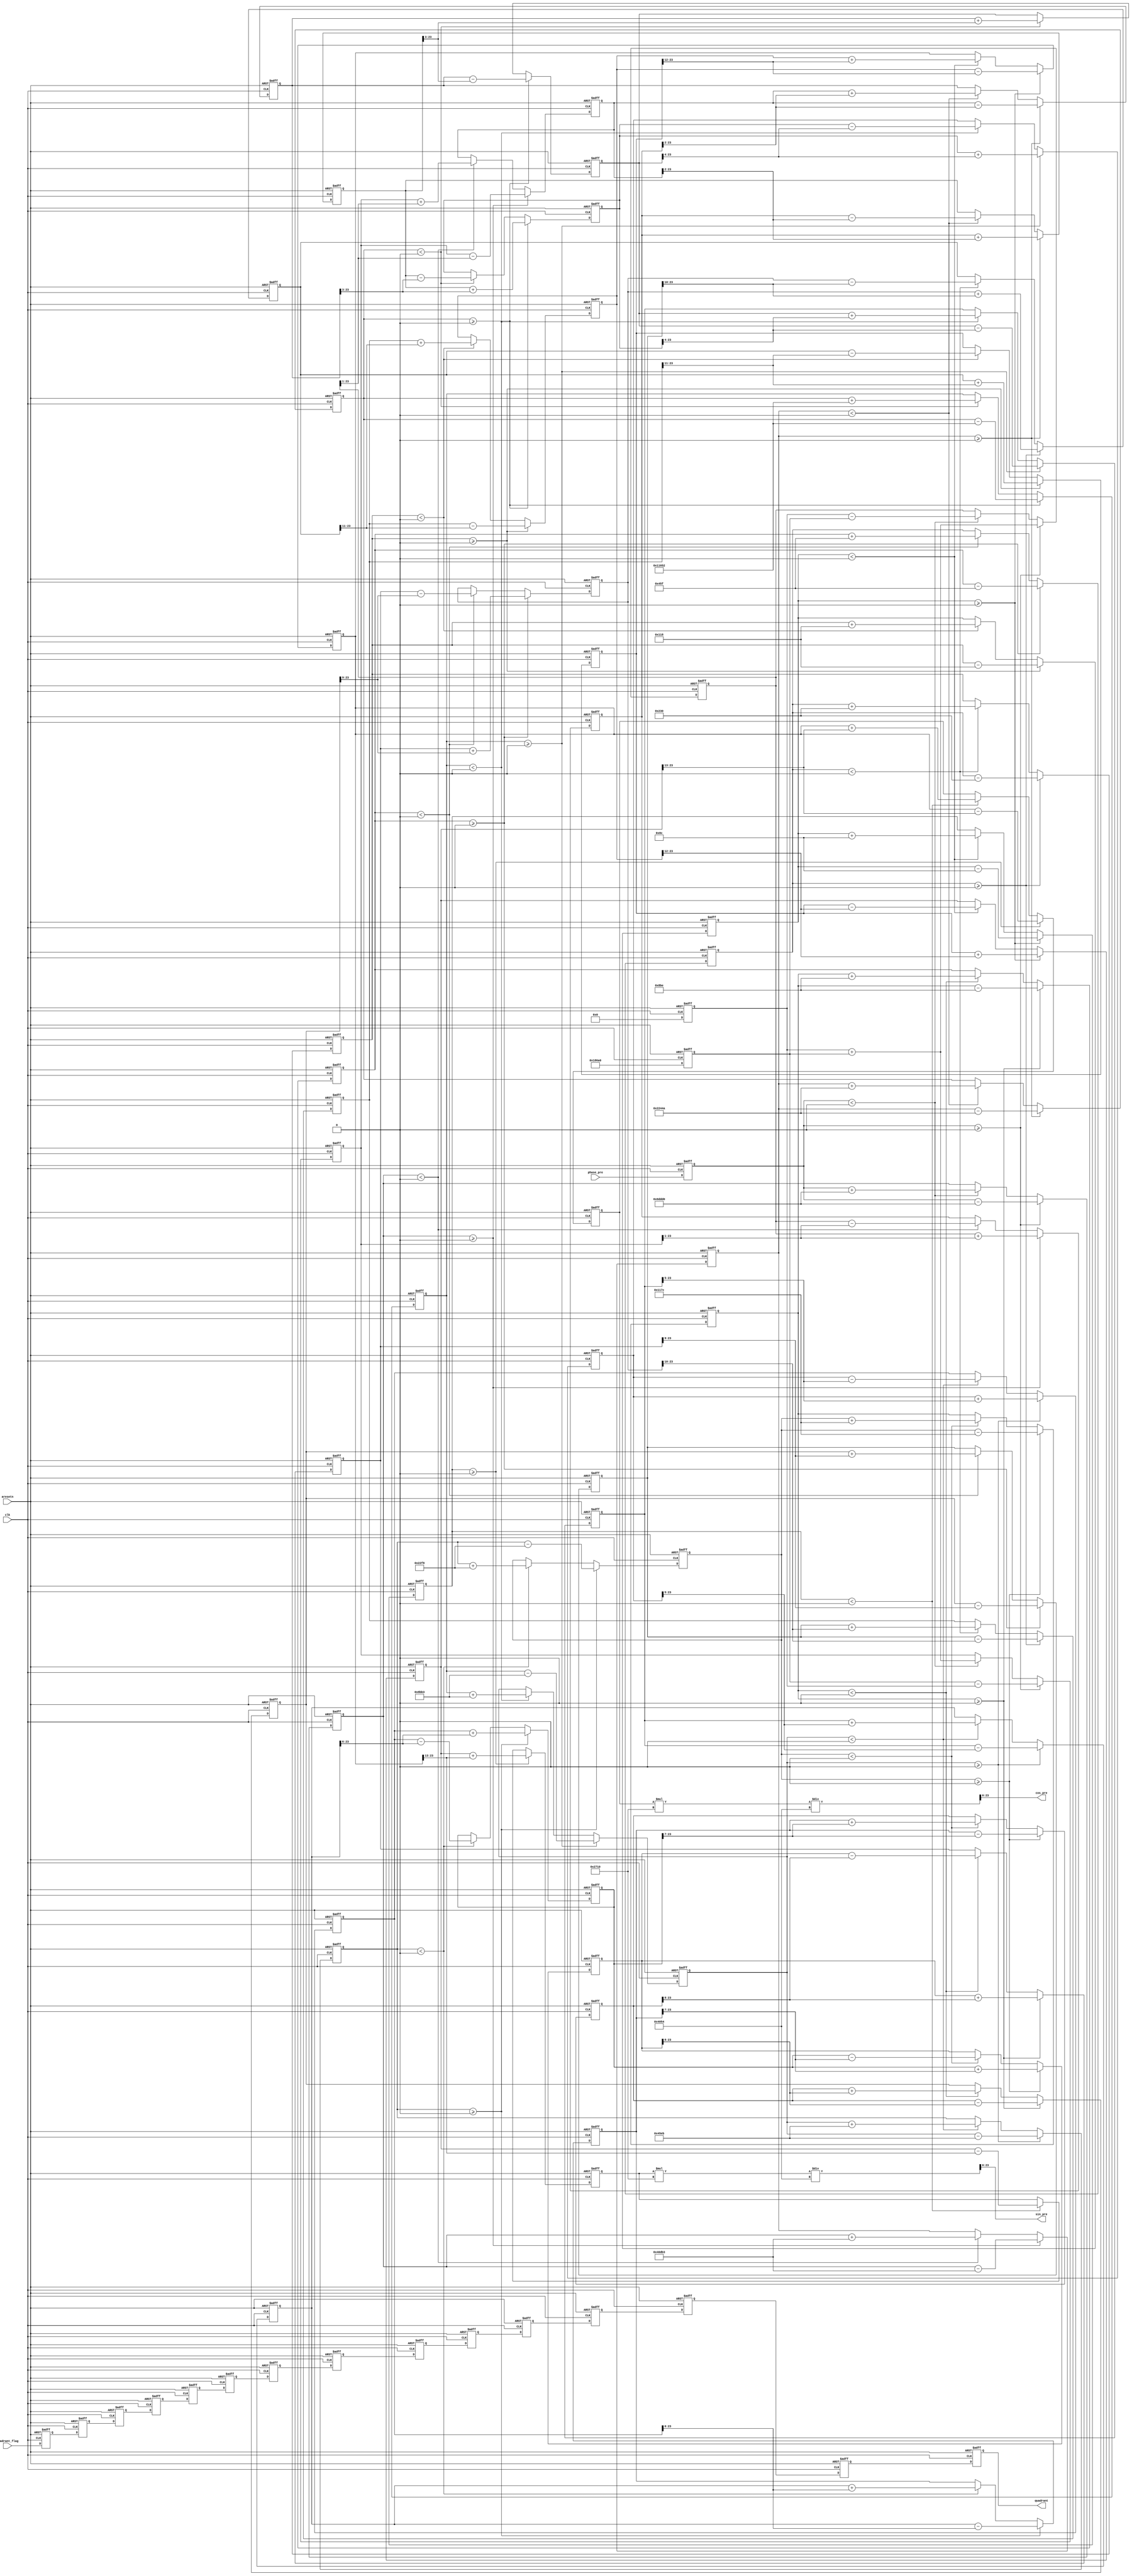
module cordic_iterate (  // 14
    clk,
    aresetn,

    phase_pre,   //10000
    quadrant_flag,

    cos_pre,
    sin_pre,
    quadrant
);
// ports
input clk;
input aresetn;
input signed[21:0] phase_pre;
input [1:0] quadrant_flag;

output [1:0] quadrant;
output wire signed [23:0] cos_pre;
output wire signed [23:0] sin_pre;
//parameters
parameter x_init = 10_0000,  //  1_0000 
y_init = 0;

parameter a1 = 45_0000, //10000 
a2 = 26_5651,
a3 = 14_0362,
a4 = 7_1250,
a5 = 3_5763,
a6 = 1_7899,
a7 = 8952,
a8 = 4476,
a9 = 2238,
a10 = 1119,
a11 = 560,
a12 = 280,
a13 = 140,
a14 = 70;


parameter k14 = 16468;  // *0.6072529365170104
// 1.6468   *10000 /16468

// 
reg signed [23:0] X [14:0];
reg signed [23:0] Y [14:0];
reg [1:0] Quad[14:0];  // 
reg signed [21:0] Theta [14:0];


//

always@(posedge clk or negedge aresetn) begin
    if(!aresetn) begin
        X[0] <= 0;
        Y[0] <= 0;
        Theta[0] <= 0;
    end
    else begin
        X[0] <= x_init;
        Y[0] <= y_init;
        Theta[0] <= phase_pre;
    end
end

//1
always@(posedge clk or negedge aresetn) begin
    if(!aresetn) begin
        X[1] <= 0;
        Y[1] <= 0;
        Theta[1] <= 0;
    end
    else if(Theta[0]>=0) begin
        X[1] <= X[0] - Y[0];
        Y[1] <= Y[0] + X[0];
        Theta[1] <= Theta[0] - a1;
    end
    else if(Theta[0]<0) begin
        X[1] <= X[0] + Y[0];
        Y[1] <= Y[0] - X[0];
        Theta[1] <= Theta[0] + a1;
    end
end

//2
always@(posedge clk or negedge aresetn) begin   // + 
    if(!aresetn) begin
        X[2] <= 0;
        Y[2] <= 0;
        Theta[2] <= 0;
    end
    else if(Theta[1]>=0) begin
        X[2] <= X[1] - (Y[1]>>>1);  // *0.5
        Y[2] <= Y[1] + (X[1]>>>1);  //
        Theta[2] <= Theta[1] - a2;
    end
    else if(Theta[1]<0) begin
        X[2] <= X[1] + (Y[1]>>>1);
        Y[2] <= Y[1] - (X[1]>>>1);
        Theta[2] <= Theta[1] + a2;
    end
end

//3
always@(posedge clk or negedge aresetn) begin
    if(!aresetn) begin
        X[3] <= 0;
        Y[3] <= 0;
        Theta[3] <= 0;
    end
    else if(Theta[2]>=0) begin
        X[3] <= X[2] - (Y[2]>>>2);
        Y[3] <= Y[2] + (X[2]>>>2);
        Theta[3] <= Theta[2] - a3;
    end
    else if(Theta[2]<0) begin
        X[3] <= X[2] + (Y[2]>>>2);
        Y[3] <= Y[2] - (X[2]>>>2);
        Theta[3] <= Theta[2] + a3;
    end
end

//4
always@(posedge clk or negedge aresetn) begin
    if(!aresetn) begin
        X[4] <= 0;
        Y[4] <= 0;
        Theta[4] <= 0;
    end
    else if(Theta[3]>=0) begin
        X[4] <= X[3] - (Y[3]>>>3);
        Y[4] <= Y[3] + (X[3]>>>3);
        Theta[4] <= Theta[3] - a4;
    end
    else if(Theta[3]<0) begin
        X[4] <= X[3] + (Y[3]>>>3);
        Y[4] <= Y[3] - (X[3]>>>3);
        Theta[4] <= Theta[3] + a4;
    end
end
//5
always@(posedge clk or negedge aresetn) begin
    if(!aresetn) begin
        X[5] <= 0;
        Y[5] <= 0;
        Theta[5] <= 0;
    end
    else if(Theta[4]>=0) begin
        X[5] <= X[4] - (Y[4]>>>4);
        Y[5] <= Y[4] + (X[4]>>>4);
        Theta[5] <= Theta[4] - a5;
    end
    else if(Theta[4]<0) begin
        X[5] <= X[4] + (Y[4]>>>4);
        Y[5] <= Y[4] - (X[4]>>>4);
        Theta[5] <= Theta[4] + a5;
    end
end
//6
always@(posedge clk or negedge aresetn) begin
    if(!aresetn) begin
        X[6] <= 0;
        Y[6] <= 0;
        Theta[6] <= 0;
    end
    else if(Theta[5]>=0) begin
        X[6] <= X[5] - (Y[5]>>>5);
        Y[6] <= Y[5] + (X[5]>>>5);
        Theta[6] <= Theta[5] - a6;
    end
    else if(Theta[5]<0) begin
        X[6] <= X[5] + (Y[5]>>>5);
        Y[6] <= Y[5] - (X[5]>>>5);
        Theta[6] <= Theta[5] + a6;
    end
end
//7
always@(posedge clk or negedge aresetn) begin
    if(!aresetn) begin
        X[7] <= 0;
        Y[7] <= 0;
        Theta[7] <= 0;
    end
    else if(Theta[6]>=0) begin
        X[7] <= X[6] - (Y[6]>>>6);
        Y[7] <= Y[6] + (X[6]>>>6);
        Theta[7] <= Theta[6] - a7;
    end
    else if(Theta[6]<0) begin
        X[7] <= X[6] + (Y[6]>>>6);
        Y[7] <= Y[6] - (X[6]>>>6);
        Theta[7] <= Theta[6] + a7;
    end
end
//8
always@(posedge clk or negedge aresetn) begin
    if(!aresetn) begin
        X[8] <= 0;
        Y[8] <= 0;
        Theta[8] <= 0;
    end
    else if(Theta[7]>=0) begin
        X[8] <= X[7] - (Y[7]>>>7);
        Y[8] <= Y[7] + (X[7]>>>7);
        Theta[8] <= Theta[7] - a8;
    end
    else if(Theta[7]<0) begin
        X[8] <= X[7] + (Y[7]>>>7);
        Y[8] <= Y[7] - (X[7]>>>7);
        Theta[8] <= Theta[7] + a8;
    end
end
//9
always@(posedge clk or negedge aresetn) begin
    if(!aresetn) begin
        X[9] <= 0;
        Y[9] <= 0;
        Theta[9] <= 0;
    end
    else if(Theta[8]>=0) begin
        X[9] <= X[8] - (Y[8]>>>8);
        Y[9] <= Y[8] + (X[8]>>>8);
        Theta[9] <= Theta[8] - a9;
    end
    else if(Theta[8]<0) begin
        X[9] <= X[8] + (Y[8]>>>8);
        Y[9] <= Y[8] - (X[8]>>>8);
        Theta[9] <= Theta[8] + a9;
    end
end
//10
always@(posedge clk or negedge aresetn) begin
    if(!aresetn) begin
        X[10] <= 0;
        Y[10] <= 0;
        Theta[10] <= 0;
    end
    else if(Theta[9]>=0) begin
        X[10] <= X[9] - (Y[9]>>>9);
        Y[10] <= Y[9] + (X[9]>>>9);
        Theta[10] <= Theta[9] - a10;
    end
    else if(Theta[9]<0) begin
        X[10] <= X[9] + (Y[9]>>>9);
        Y[10] <= Y[9] - (X[9]>>>9);
        Theta[10] <= Theta[9] + a10;
    end
end
//11
always@(posedge clk or negedge aresetn) begin
    if(!aresetn) begin
        X[11] <= 0;
        Y[11] <= 0;
        Theta[11] <= 0;
    end
    else if(Theta[10]>=0) begin
        X[11] <= X[10] - (Y[10]>>>10);
        Y[11] <= Y[10] + (X[10]>>>10);
        Theta[11] <= Theta[10] - a11;
    end
    else if(Theta[10]<0) begin
        X[11] <= X[10] + (Y[10]>>>10);
        Y[11] <= Y[10] - (X[10]>>>10);
        Theta[11] <= Theta[10] + a11;
    end
end
//12
always@(posedge clk or negedge aresetn) begin
    if(!aresetn) begin
        X[12] <= 0;
        Y[12] <= 0;
        Theta[12] <= 0;
    end
    else if(Theta[11]>=0) begin
        X[12] <= X[11] - (Y[11]>>>11);
        Y[12] <= Y[11] + (X[11]>>>11);
        Theta[12] <= Theta[11] - a12;
    end
    else if(Theta[11]<0) begin
        X[12] <= X[11] + (Y[11]>>>11);
        Y[12] <= Y[11] - (X[11]>>>11);
        Theta[12] <= Theta[11] + a12;
    end
end
//13
always@(posedge clk or negedge aresetn) begin
    if(!aresetn) begin
        X[13] <= 0;
        Y[13] <= 0;
        Theta[13] <= 0;
    end
    else if(Theta[12]>=0) begin
        X[13] <= X[12] - (Y[12]>>>12);
        Y[13] <= Y[12] + (X[12]>>>12);
        Theta[13] <= Theta[12] - a13;
    end
    else if(Theta[12]<0) begin
        X[13] <= X[12] + (Y[12]>>>12);
        Y[13] <= Y[12] - (X[12]>>>12);
        Theta[13] <= Theta[12] + a13;
    end
end
//14
always@(posedge clk or negedge aresetn) begin
    if(!aresetn) begin
        X[14] <= 0;
        Y[14] <= 0;
        Theta[14] <= 0;
    end
    else if(Theta[13]>=0) begin
        X[14] <= X[13] - (Y[13]>>>13);
        Y[14] <= Y[13] + (X[13]>>>13);
        Theta[14] <= Theta[13] - a14;
    end
    else if(Theta[13]<0) begin
        X[14] <= X[13] + (Y[13]>>>13);
        Y[14] <= Y[13] - (X[13]>>>13);
        Theta[14] <= Theta[13] + a14;
    end
end

//

assign cos_pre = X[14]*10000/k14;  //   X[14]
assign sin_pre = Y[14]*10000/k14;
assign quadrant = Quad[14];

always@(posedge clk or negedge aresetn) begin
    if(!aresetn) begin
        Quad[0] <= 0;
        Quad[1] <= 0;
        Quad[2] <= 0;
        Quad[3] <= 0;
        Quad[4] <= 0;
        Quad[5] <= 0;
        Quad[6] <= 0;
        Quad[7] <= 0;
        Quad[8] <= 0;
        Quad[9] <= 0;
        Quad[10] <= 0;
        Quad[11] <= 0;
        Quad[12] <= 0;
        Quad[13] <= 0;
        Quad[14] <= 0;
    end
    else begin
       Quad[0] <= quadrant_flag;
       Quad[1] <= Quad[0];
       Quad[2] <= Quad[1];
       Quad[3] <= Quad[2];
       Quad[4] <= Quad[3];
       Quad[5] <= Quad[4];
       Quad[6] <= Quad[5];
       Quad[7] <= Quad[6];
       Quad[8] <= Quad[7];
       Quad[9] <= Quad[8];
       Quad[10] <= Quad[9];
       Quad[11] <= Quad[10];
       Quad[12] <= Quad[11];
       Quad[13] <= Quad[12];
       Quad[14] <= Quad[13];
    end
end

endmodule